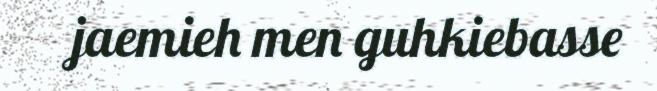
jaemieh men guhkiebasse